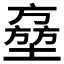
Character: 𡑔